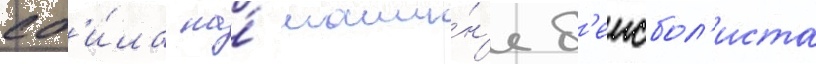
сб'и́ла на́ маши́н'е б'еисбол'иста